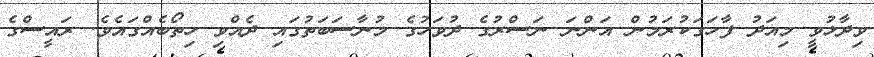
ވިދާޅުވީ މިއަދު ފާހަގަކުރަމުން އަންނަ ނަސްރުގެ ދުވަހުގެ މުނާސަބަތުގައި ދެއްވި ހިތޯބެއްގައެވެ. ރައީސްގެ